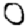
Digit: 0